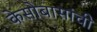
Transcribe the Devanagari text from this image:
केसोबासांची